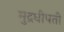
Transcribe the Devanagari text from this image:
मुद्रधीपती